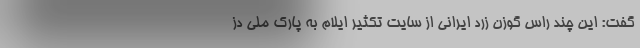
گفت: این چند راس گوزن زرد ایرانی از سایت تکثیر ایلام به پارک ملی دز